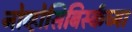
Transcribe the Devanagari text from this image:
नोव्होसिबिर्स्कच्या